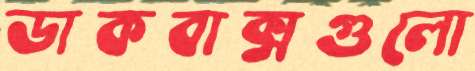
ডাকবাক্সগুলো